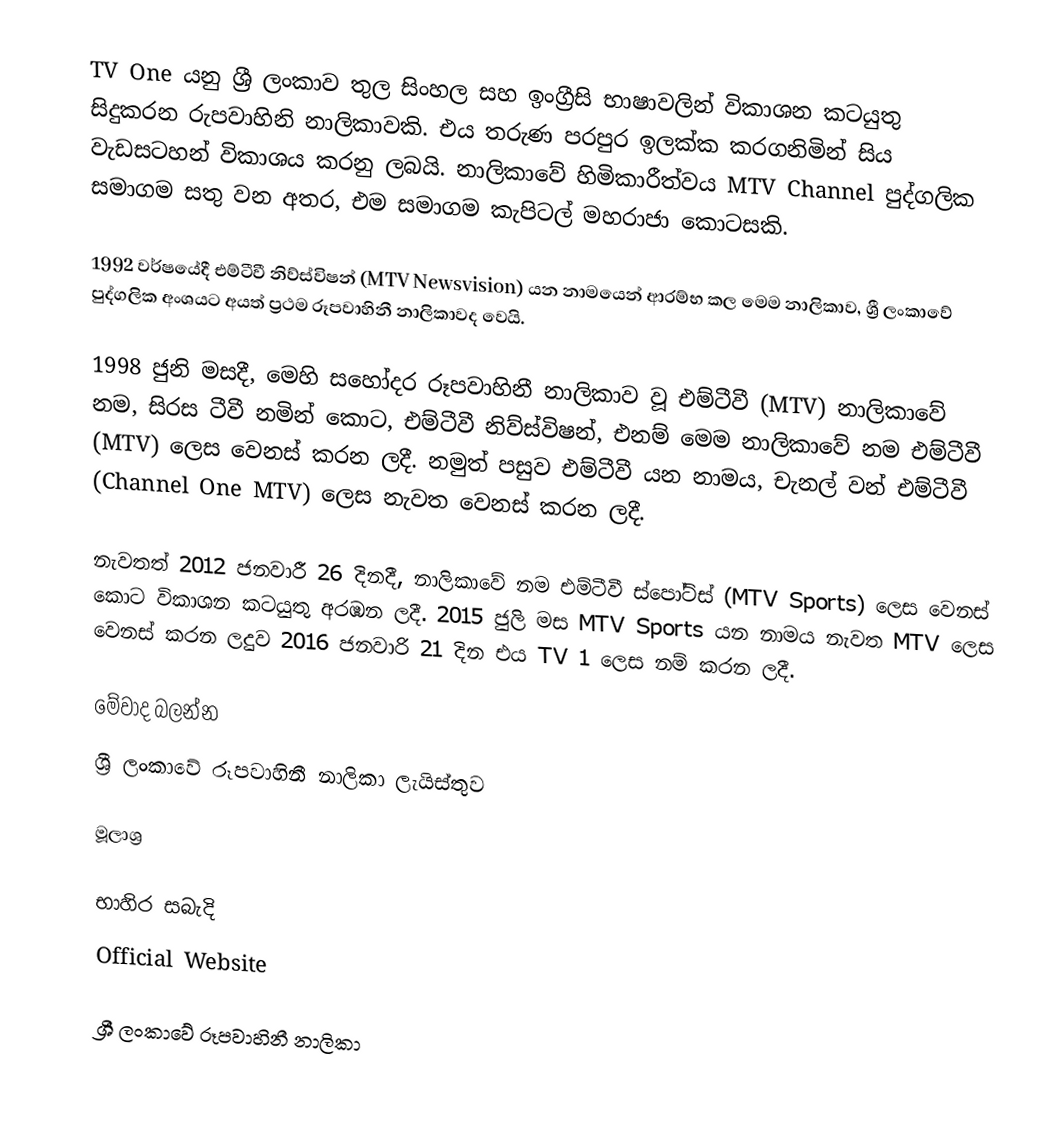
TV One යනු ශ්‍රී ලංකාව තුල සිංහල සහ ඉංග්‍රීසි භාෂාවලින් විකාශන කටයුතු සිදුකරන රුපවාහිනි නාලිකාවකි. එය තරුණ පරපුර ඉලක්ක කරගනිමින් සිය වැඩසටහන් විකාශය කරනු ලබයි. නාලිකාවේ හිමිකාරීත්වය MTV Channel පුද්ගලික සමාගම සතු වන අතර, එම සමාගම කැපිටල් මහරාජා කොටසකි.

1992 වර්ෂයේදී එම්ටීවී නිව්ස්විෂන් (MTV Newsvision) යන නාමයෙන් ආරම්භ කල මෙම නාලිකාව, ශ්‍රී ලංකාවේ පුද්ගලික අංශයට අයත් ප්‍රථම රූපවාහිනී නාලිකාවද වෙයි.

1998 ජුනි මසදී, මෙහි සහෝදර රූපවාහිනී නාලිකාව වූ එම්ටීවී (MTV) නාලිකාවේ නම, සිරස ටීවී නමින් කොට, එම්ටීවී නිව්ස්විෂන්, එනම් මෙම නාලිකාවේ නම එම්ටීවී (MTV) ලෙස වෙනස් කරන ලදී. නමුත් පසුව එම්ටීවී යන නාමය, චැනල් වන් එම්ටීවී (Channel One MTV) ලෙස නැවත වෙනස් කරන ලදී.

නැවතත් 2012 ජනවාරී 26 දිනදී, නාලිකාවේ නම එම්ටීවී ස්පෝට්ස් (MTV Sports) ලෙස වෙනස් කොට විකාශන කටයුතු අරඹන ලදී. 2015 ජුලි මස MTV Sports යන නාමය නැවත MTV ලෙස වෙනස් කරන ලදුව 2016 ජනවාරි 21 දින එය TV 1 ලෙස නම් කරන ලදී.

මේවාද බලන්න
 ශ්‍රී ලංකාවේ රූපවාහිනී නාලිකා ලැයිස්තුව

මූලාශ්‍ර

භාහිර සබැදි
 Official Website

ශ්‍රී ලංකාවේ රූපවාහිනී නාලිකා